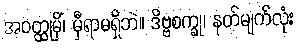
အဝတ္ထုမှိံ၊ မှီရာမရှိဘဲ။ ဒိဗ္ဗစက္ခု၊ နတ်မျက်လုံး